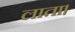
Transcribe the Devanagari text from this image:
लाता।